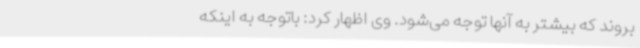
بروند که بیشتر به آنها توجه می‌شود. وی اظهار کرد: باتوجه به اینکه